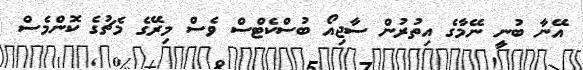
އޭނާ ބުނީ ނޭމާގެ އިތުރުން ސާޖިއޯ ބުސްކެޓްސް ވެސް މިރޭގެ މެޗުގެ ކޮންމެސް